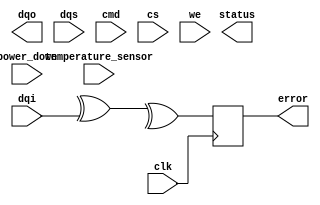
module lpddr4_io_block (
    input wire clk,                // Clock for DQS and data transmission
    input wire [DQ_WIDTH-1:0] dqi, // Input data lines
    output wire [DQ_WIDTH-1:0] dqo, // Output data lines
    input wire dqs,                // Data Strobe
    input wire cmd,                // Command input
    input wire cs,                 // Chip select
    input wire we,                 // Write enable
    output wire status,            // Status signal
    output wire error,             // Error detection signal
    input wire power_down,         // Power down signal
    input wire temperature_sensor,  // Temperature sensing input
    // Additional control signals for various functionalities
);

parameter DQ_WIDTH = 8;  // Define data width
parameter IDLE = 2'b00, ACTIVE = 2'b01, SLEEP = 2'b10, DEEP_SLEEP = 2'b11;
reg [1:0] power_state;

// Power Management
always @ (posedge clk or posedge power_down) begin
    if (power_down) 
        power_state <= SLEEP;    // Enter Sleep mode
    else
        power_state <= ACTIVE;    // Register power states
end

// Data Transmission
wire [DQ_WIDTH-1:0] bi_dir_data; // bidirectional data bus
assign bi_dir_data = (we) ? dqi : dqo; // Write or Read

// Differential signaling for data lanes (simplified)
wire [DQ_WIDTH-1:0] data_p, data_n; // Differential pairs
assign data_p = bi_dir_data;         // Example logic for positive differential
assign data_n = ~bi_dir_data;        // Invert for negative differential

// Clocking
wire dqs_out;
assign dqs_out = (power_state == ACTIVE) ? dqs : 1'b0; // Mute when in sleep

// Timing Control
reg [3:0] delay_line; // Timing adjustment (not implemented)
always @(posedge clk) begin
    // Implement delay and timing control to align signals
end

// Termination
wire odt_enable; // On-die termination signal
assign odt_enable = (power_state == ACTIVE);

// Control Signals
reg [3:0] command_reg; // Command register
always @(posedge clk) begin
    if (cs)
        command_reg <= {cmd, we}; // Store command state
end

// Error Detection (simplified)
reg [DQ_WIDTH-1:0] data_buffer;
always @ (posedge clk) begin
    // Simple parity checking example (expand as needed)
    error <= ^(data_buffer ^ dqi); // Parity generation for example
end

// Temperature Compensation (placeholder)
// Additional logic can be added based on temperature sensors

// Test Features (BIST placeholder)
reg [7:0] test_register;
always @ (posedge clk) begin
    // Use test_register for built-in self-test operations
end

endmodule